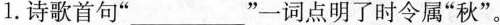
1.诗歌首句””一词点明了时令属”秋”。